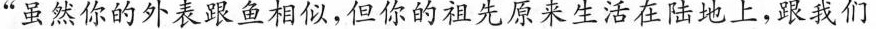
”虽然你的外表跟鱼相似，但你的祖先原来生活在陆地上，跟我们